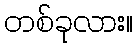
တစ်ခုလား။